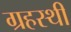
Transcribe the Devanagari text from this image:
ग्रहस्थी